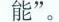
能”。